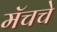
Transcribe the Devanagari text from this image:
मॅचचे